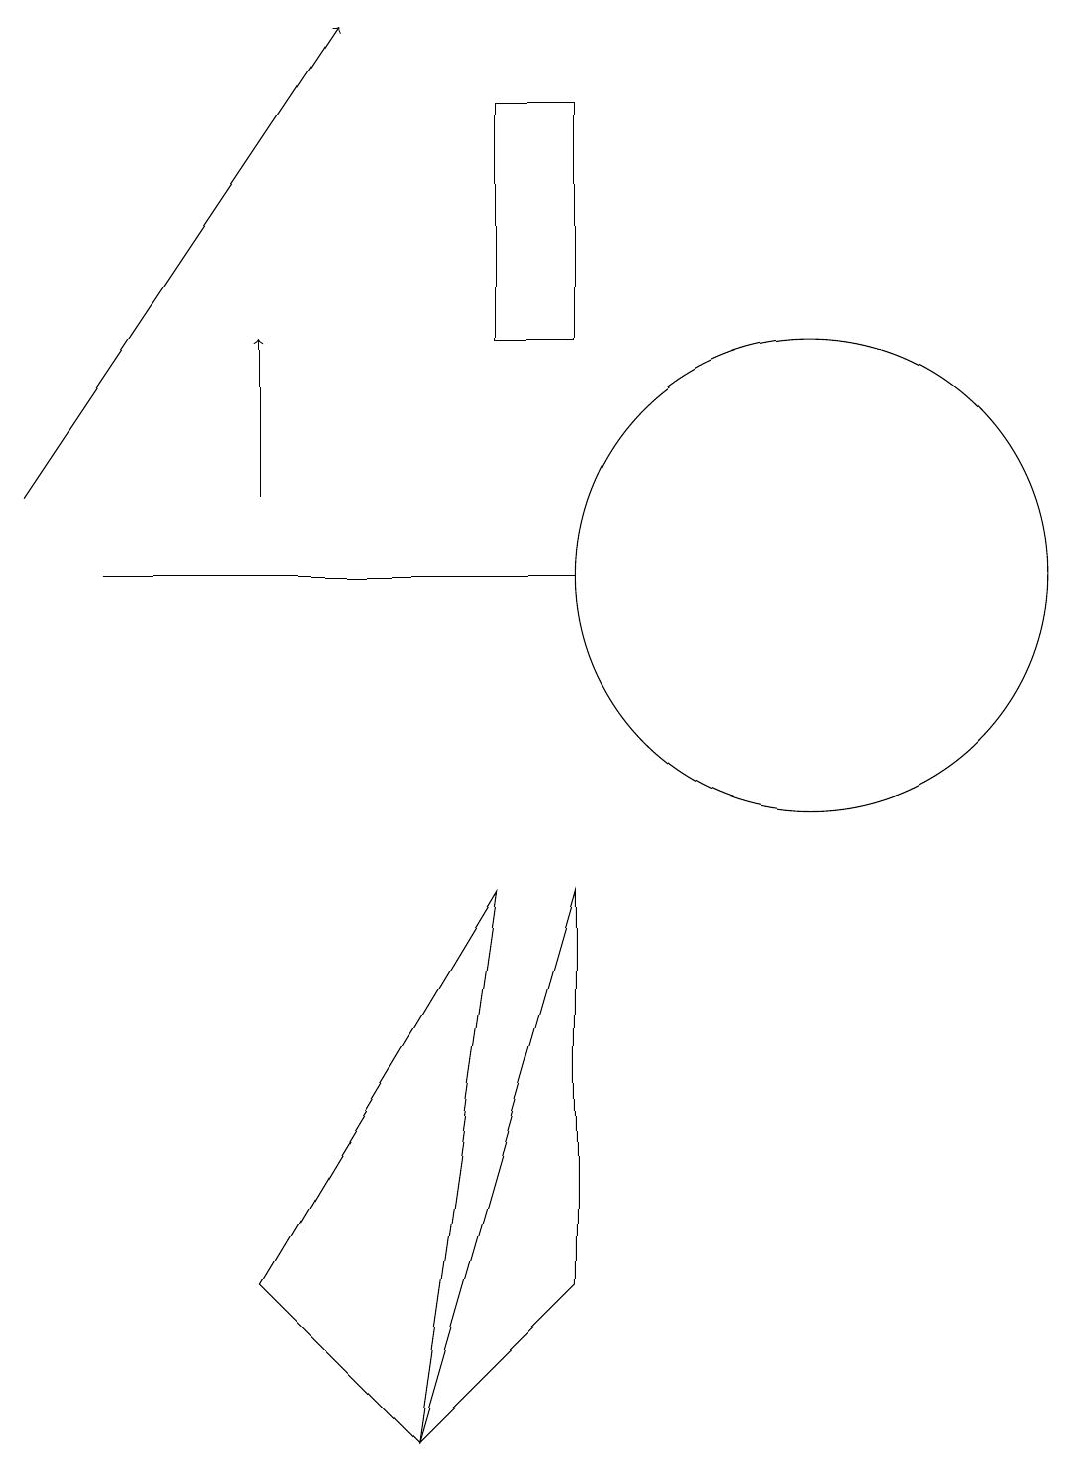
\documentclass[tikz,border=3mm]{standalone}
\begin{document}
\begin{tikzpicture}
\draw (4,2) -- (6,0) -- (7,7) -- cycle;
\draw[->] (1,12) -- (5,18);
\draw (8,7) -- (8,2) -- (6,0) -- cycle;
\draw (11,11) circle (3);
\draw (7,17) rectangle (8,14);
\draw (2,11) rectangle (8,11);
\draw[->] (4,12) -- (4,14);
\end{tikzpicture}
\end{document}